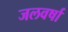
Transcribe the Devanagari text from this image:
जलवर्षा